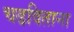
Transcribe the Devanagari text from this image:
चढविताना